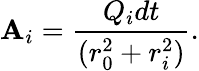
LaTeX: \mathbf{A}_{i}=\frac{{Q_{i}dt}}{{(r_{0}^{2}+r_{i}^{2})}}.